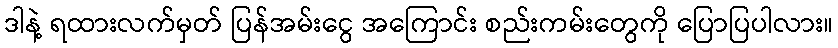
ဒါနဲ့ ရထားလက်မှတ် ပြန်အမ်းငွေ အကြောင်း စည်းကမ်းတွေကို ပြောပြပါလား။